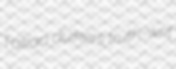
Takao duikers truth-writ